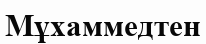
Мұхаммедтен